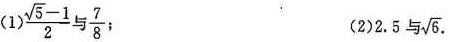
(1)\frac{\sqrt{5}-1}{2}与\frac{7}{8}； (2)2.5与\sqrt{6}